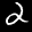
Label: 2